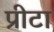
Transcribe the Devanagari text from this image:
प्रीटा